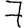
Digit: 7